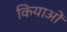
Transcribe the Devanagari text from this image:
कियाओं